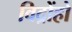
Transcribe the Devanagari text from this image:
विद्रोंहो